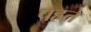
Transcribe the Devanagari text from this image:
पहते